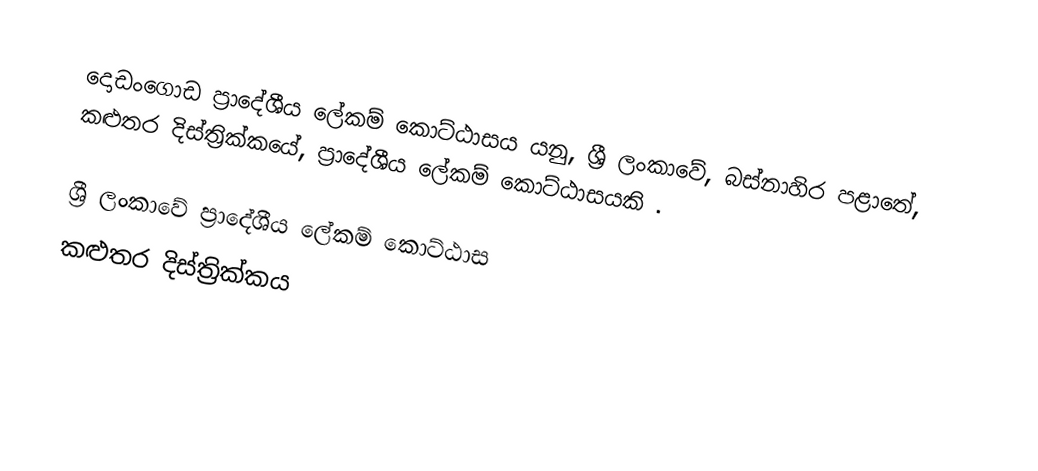
දොඩංගොඩ ප්‍රාදේශීය ලේකම් කොට්ඨාසය යනු,  ශ්‍රී ලංකාවේ, බස්නාහිර පළාතේ,   කළුතර දිස්ත්‍රික්කයේ, ප්‍රාදේශීය ලේකම් කොට්ඨාසයකි .

ශ්‍රී ලංකාවේ ප්‍රාදේශීය ලේකම් කොට්ඨාස
කළුතර දිස්ත්‍රික්කය